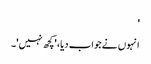
'
انہوں نے جواب دیا، 'کچھ نہیں'۔